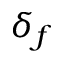
\delta _ { f }